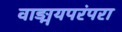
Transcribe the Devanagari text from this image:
वाङ्मयपरंपरा